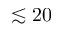
\lesssim 2 0